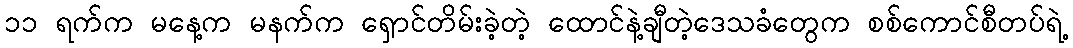
၁၁ ရက်က မနေ့က မနက်က ရှောင်တိမ်းခဲ့တဲ့ ထောင်နဲ့ချီတဲ့ဒေသခံတွေက စစ်ကောင်စီတပ်ရဲ့